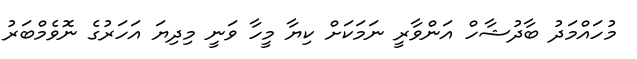
މުހައްމަދު ބާދުޝާހް އަންވާރީ ނަމަކަށް ކިޔާ މީހާ ވަނީ މިދިޔަ އަހަރުގެ ނޮވެމްބަރު